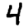
Digit: 4